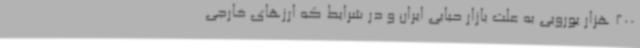
200 هزار یورویی به علت بازار حبابی ایران و در شرایط که ارزهای خارجی